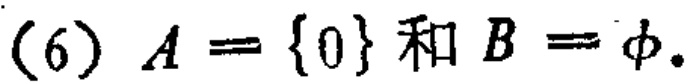
(6) $A = \{0\}$ 和 $B = \phi$.